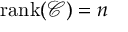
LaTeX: \operatorname { r a n k } ( \mathcal C ) = n